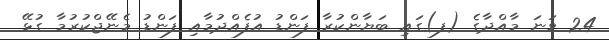
24 ވަނަ މާއްދާގެ (ފ)ގައި ބަޔާންކުރާ ފަންޑު އުފެއްދުމާއި ފަންޑު މެނޭޖްކުރުމާ ގުޅޭ